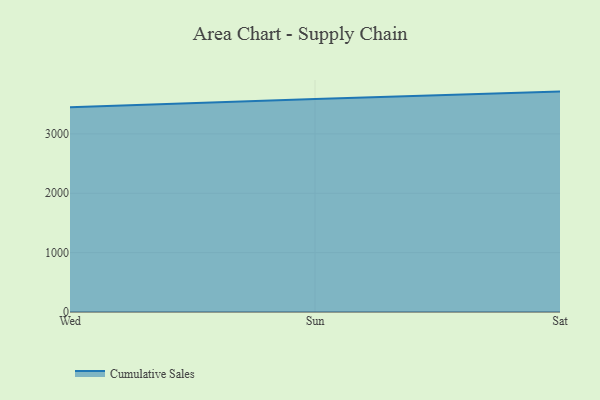
{"axis": {"x": "Day", "y": "Waste Production (Tons)"}, "legend": ["Cumulative Sales"], "data": [{"x": "Wed", "y": 3448.1, "type": "Cumulative Sales"}, {"x": "Sun", "y": 3587.1, "type": "Cumulative Sales"}, {"x": "Sat", "y": 3711.9, "type": "Cumulative Sales"}]}